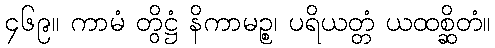
၄၆၉။ ကာမံ တွိဋ္ဌံ နိကာမဉ္စ၊ ပရိယတ္တံ ယထစ္ဆိတံ။